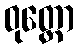
ဝုတ္ထော